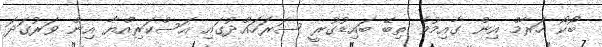
ބޯކޯ ހަރާމް އިން ގާއިމުވެ ތިބޭ ބައިޑުގުރީ ސަރަހައްދުގައި އަސްކަރިއްޔާ އިން ވަރުގަދަ